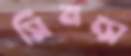
সিমন্স